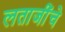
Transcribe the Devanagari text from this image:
लताजींचे